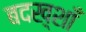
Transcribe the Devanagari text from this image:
बदख़्शाँ